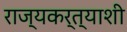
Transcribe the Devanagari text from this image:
राज्यकर्त्याशी